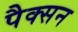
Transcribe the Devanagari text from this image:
पैक्सन